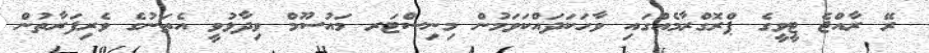
ރޭ ރާއްޖެ ޓީވީގެ ޕްރޮގްރާމެއްގައި ވާހަކަދައްކަވަމުން މިނިސްޓަރ މައުސޫމް ވިދާޅުވީ އެތަނުގެ ވެރިފަރާތުން